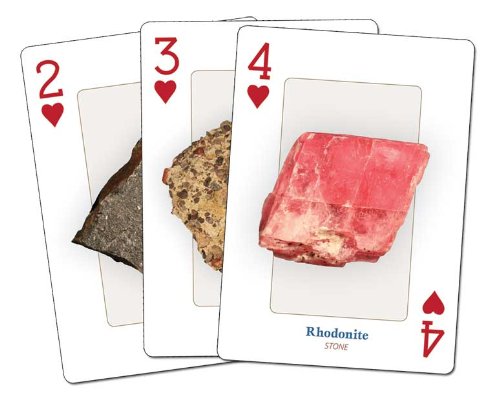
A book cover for Rocks & Minerals Playing Cards; Dan R. Lynch; Humor & Entertainment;